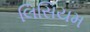
લિસિયમ